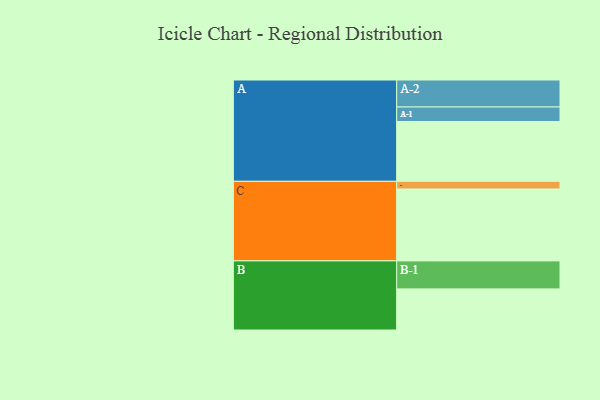
{"axis": {"x": "Segment", "y": "Value"}, "legend": ["", "A", "B", "C"], "data": [{"x": "A", "y": 470, "type": ""}, {"x": "B", "y": 323, "type": ""}, {"x": "C", "y": 565, "type": ""}, {"x": "A-1", "y": 114, "type": "A"}, {"x": "A-2", "y": 212, "type": "A"}, {"x": "B-1", "y": 220, "type": "B"}, {"x": "C-1", "y": 60, "type": "C"}]}